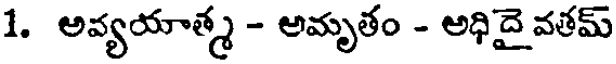
1. అవ్యయాత్మ - అమృతం - అధిదై వతమ్